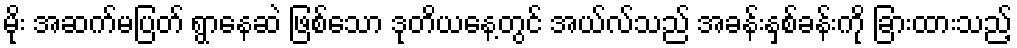
မိုး အဆက်မပြတ် ရွာနေဆဲ ဖြစ်သော ဒုတိယနေ့တွင် အယ်လ်သည် အခန်းနှစ်ခန်းကို ခြားထားသည့်